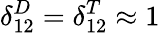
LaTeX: \delta_{12}^{D}=\delta_{12}^{T}\approx 1